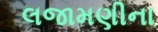
લજામણીના